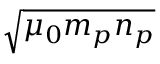
\sqrt { \mu _ { 0 } m _ { p } n _ { p } }